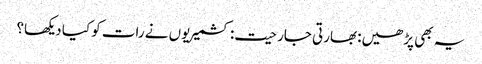
یہ بھی پڑھیں: بھارتی جارحیت: کشمیریوں نے رات کو کیا دیکھا؟